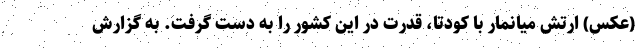
(عکس) ارتش میانمار با کودتا، قدرت در این کشور را به دست گرفت. به گزارش